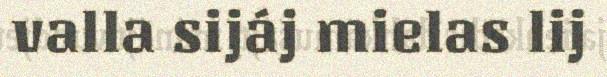
valla sijáj mielas lij